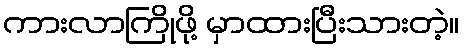
ကားလာကြိုဖို့ မှာထားပြီးသားတဲ့။